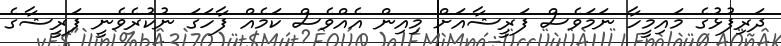
ދަރިފުޅުގެ މައިމީހާ ނަމަވެސް ފަރީޝާއަށް މިއިން އެއްވެސް ކަމެއް ފާހަގަ ނުކުރެވެނީ ފަރީޝާގެ